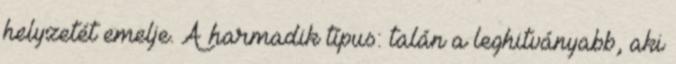
helyzetét emelje. A harmadik típus: talán a leghitványabb, aki